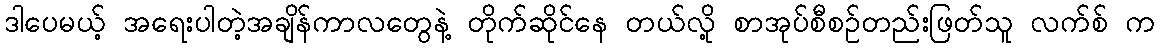
ဒါပေမယ့် အရေးပါတဲ့အချိန်ကာလတွေနဲ့ တိုက်ဆိုင်နေ တယ်လို့ စာအုပ်စီစဉ်တည်းဖြတ်သူ လက်စ် က